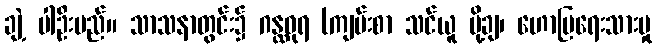
ချဲ့ ပါဦးမည်။ သာသနာတွင်း၌ ဂန္ထဓုရ (ကျမ်းစာ သင်ယူ ပို့ချ၊ ဟောပြရေးသားမှု